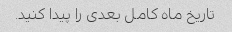
تاریخ ماه کامل بعدی را پیدا کنید.